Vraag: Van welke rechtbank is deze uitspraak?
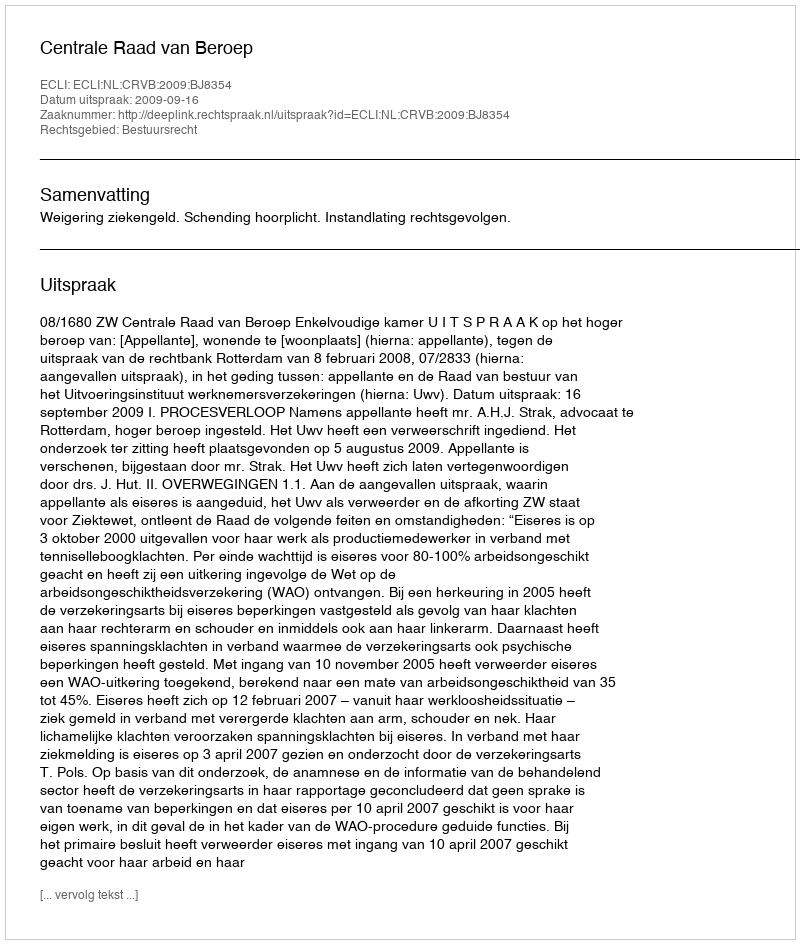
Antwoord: Centrale Raad van Beroep